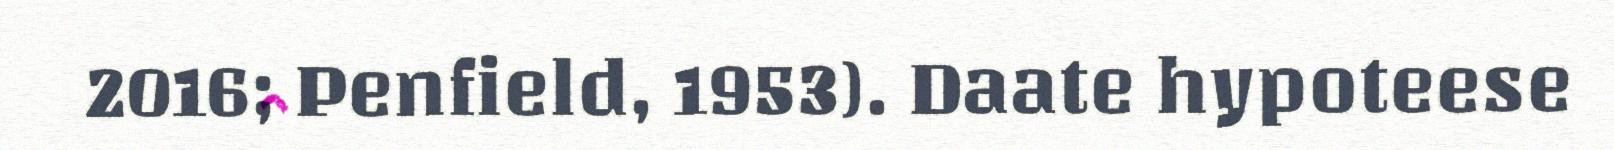
2016; Penfield, 1953). Daate hypoteese